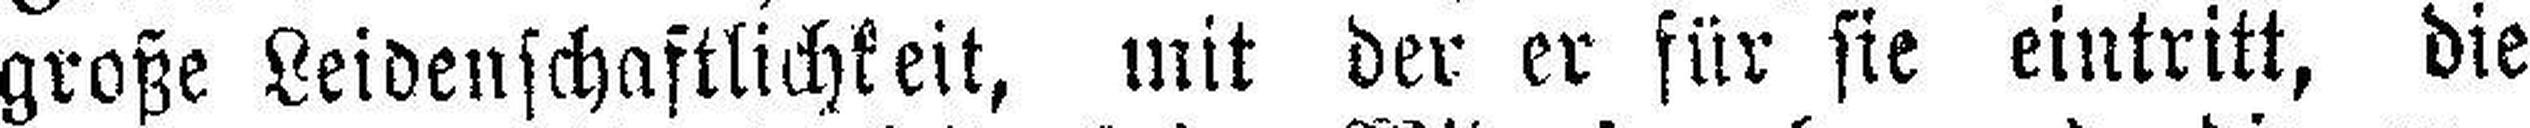
große Leidenschaftlichkeit, mit der er für sie eintritt, die